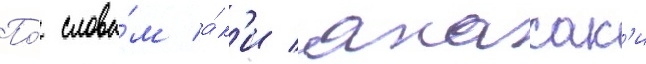
По́ слова́м а́к'и акасак'и